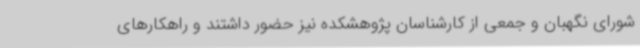
شورای نگهبان و جمعی از کارشناسان پژوهشکده نیز حضور داشتند و راهکارهای